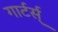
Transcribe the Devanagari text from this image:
गार्टर्स्